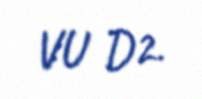
VU D2.